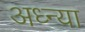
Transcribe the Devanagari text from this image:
अध्न्या